Vaccination in Bombay 1869-1873 - 1869-1873
Year: 1869
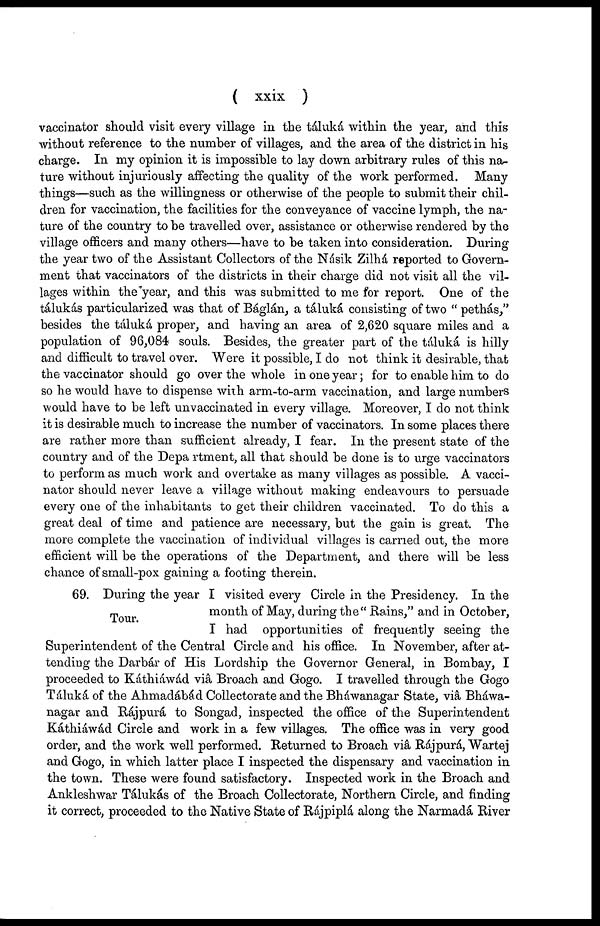
( xxix )
vaccinator should visit every village in the táluká within the year, and this
without reference to the number of villages, and the area of the district in his
charge. In my opinion it is impossible to lay down arbitrary rules of this na-
ture without injuriously affecting the quality of the work performed. Many
things—such as the willingness or otherwise of the people to submit their chil-
dren for vaccination, the facilities for the conveyance of vaccine lymph, the na-
ture of the country to be travelled over, assistance or otherwise rendered by the
village officers and many others—have to be taken into consideration. During
the year two of the Assistant Collectors of the Násik Zilhá reported to Govern-
ment that vaccinators of the districts in their charge did not visit all the vil-
lages within the "year, and this was submitted to me for report. One of the
tálukás particularized was that of Báglán, a táluká consisting of two " pethás,"
besides the táluká proper, and having an area of 2,620 square miles and a
population of 96,084 souls. Besides, the greater part of the táluká is hilly
and difficult to travel over. Were it possible, I do not think it desirable, that
the vaccinator should go over the whole in one year; for to enable him to do
so he would have to dispense with arm-to-arm vaccination, and large numbers
would have to be left unvaccinated in every village. Moreover, I do not think
it is desirable much to increase the number of vaccinators. In some places there
are rather more than sufficient already, I fear. In the present state of the
country and of the Department, all that should be done is to urge vaccinators
to perform as much work and overtake as many villages as possible. A vacci-
nator should never leave a village without making endeavours to persuade
every one of the inhabitants to get their children vaccinated. To do this a
great deal of time and patience are necessary, but the gain is great. The
more complete the vaccination of individual villages is carried out, the more
efficient will be the operations of the Department, and there will be less
chance of small-pox gaining a footing therein.
Tour.
69. During the year I visited every Circle in the Presidency. In the
month of May, during the" Rains," and in October,
I had opportunities of frequently seeing the
Superintendent of the Central Circle and his office. In November, after at-
tending the Darbár of His Lordship the Governor General, in Bombay, I
proceeded to Káthiáwád viâ Broach and Gogo. I travelled through the Gogo
Táluká of the Ahmadábád Collectorate and the Bháwanagar State, viâ Bháwa¬
nagar and Rájpurá to Songad, inspected the office of the Superintendent
Káthiáwád Circle and work in a few villages. The office was in very good
order, and the work well performed. Returned to Broach viâ Rájpurá, Wartej
and Gogo, in which latter place I inspected the dispensary and vaccination in
the town. These were found satisfactory. Inspected work in the Broach and
Ankleshwar Tálukás of the Broach Collectorate, Northern Circle, and finding
it correct, proceeded to the Native State of Rájpiplá along the Narmadá River